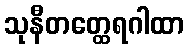
သုနီတတ္ထေရဂါထာ